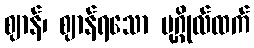
ဈာန်၊ ဈာန်ရသော ပုဂ္ဂိုလ်ထက်